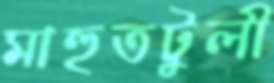
মাহুতটুলী